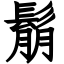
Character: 鬅